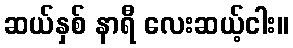
ဆယ်နှစ် နာရီ လေးဆယ့်ငါး။